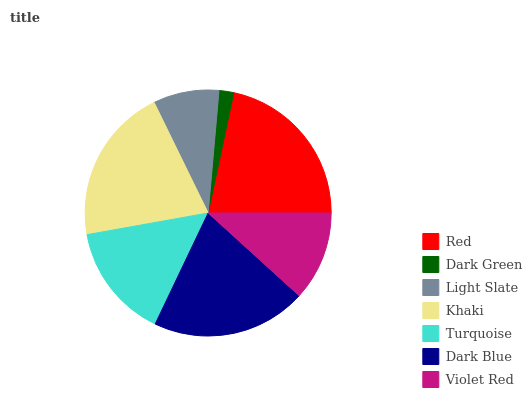
| Red | Dark Green | Light Slate | Khaki | Turquoise | Dark Blue | Violet Red |
 | --- | --- | --- | --- | --- | --- | --- |
 | 21.6% | 1.94% | 8.64% | 20.5% | 15.1% | 20.4% | 11.7% |